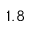
1 . 8